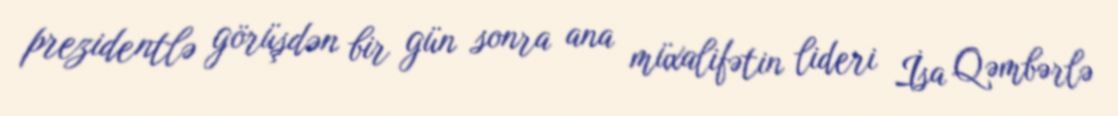
prezidentlə görüşdən bir gün sonra ana müxalifətin lideri İsa Qəmbərlə